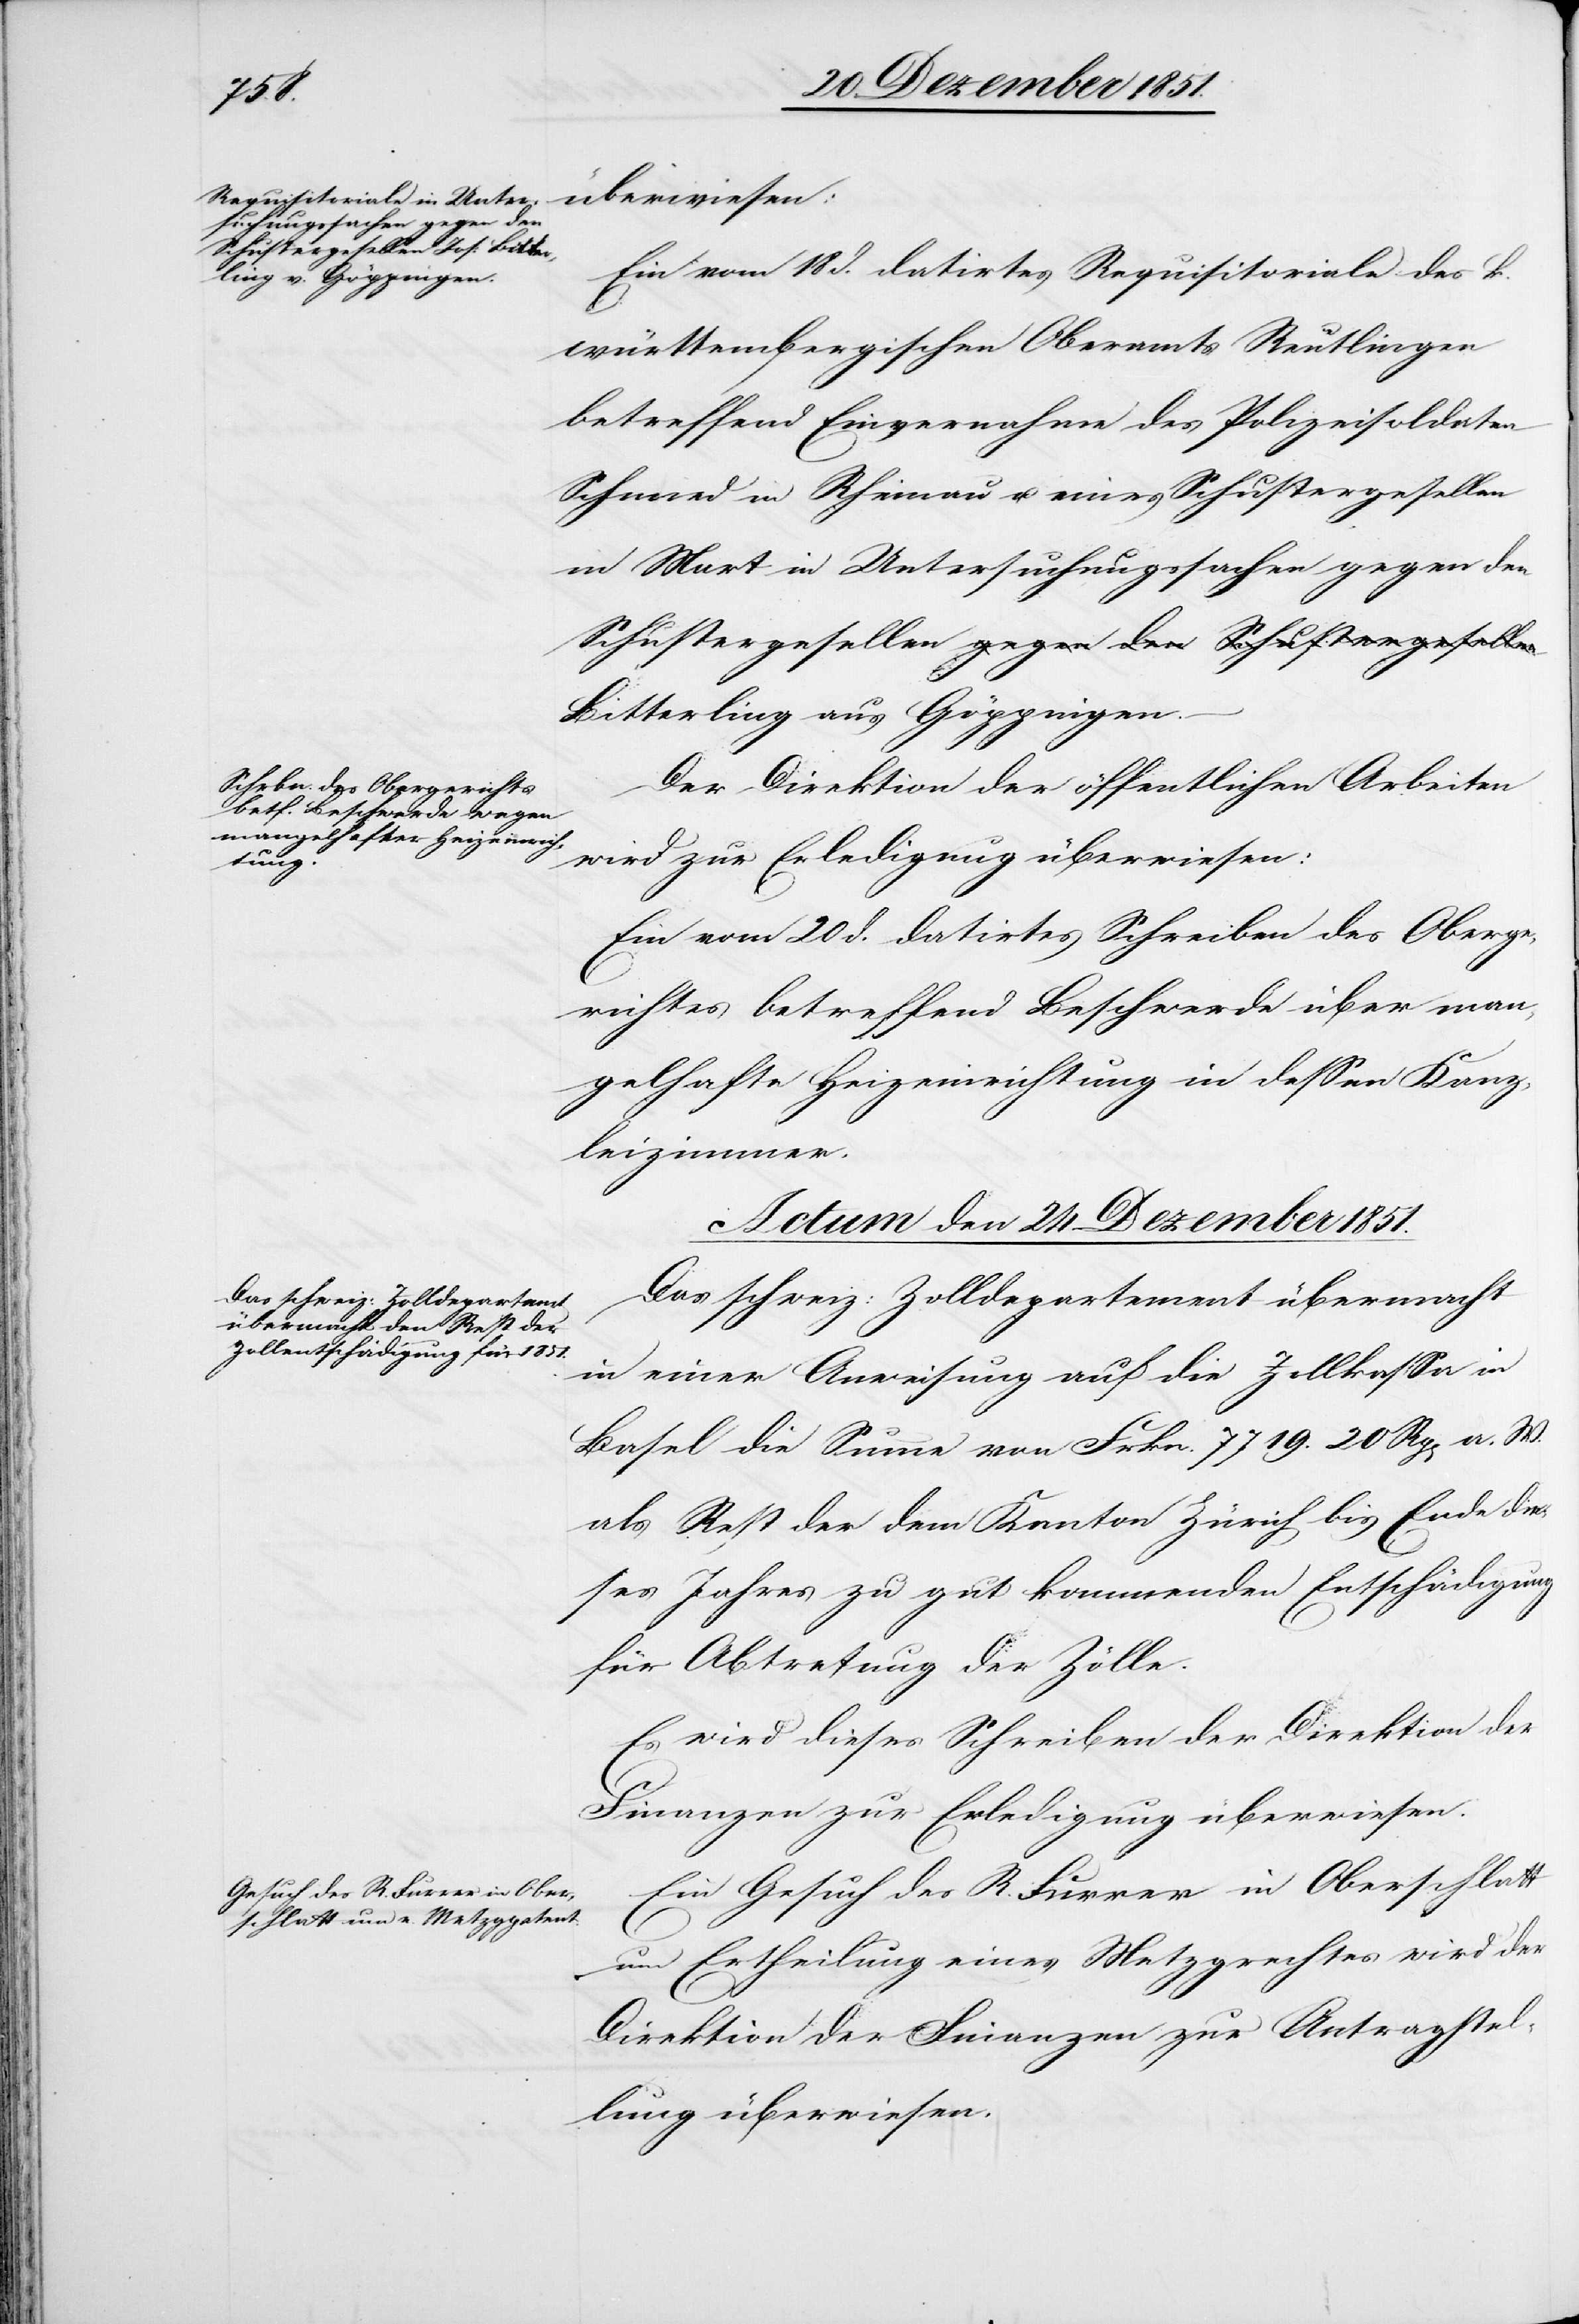
überwiesen:
Ein vom 18 d. datirtes Requisitoriale des k.
württembergischen Oberamts Reutlingen
betreffend Einvernahme des Polizeisoldaten
Schmied in Rheinau u. eines Schustergesellen
in Mart in Untersuchungssachen gegen den
Bitterling aus Göppingen.
Der Direktion der öffentlichen Arbeiten
wird zur Erledigung überwiesen:
Ein vom 20 d. datirtes Schreiben des Oberge¬
richtes betreffend Beschwerde über man¬
gelhafte Heizeinrichtung in dessen Kanz¬
leizimmer.
Actum den 24 Dezember 1851.]
Das schweiz: Zolldepartement übermacht
in einer Anweisung auf die Zollkassa in
Basel die Summe von Frkn. 7719. 20 Rp[en] a. W.
als Rest der dem Kanton Zürich bis Ende die¬
ses Jahres zu gut kommenden Entschädigung
für Abtretung der Zölle.
Es wird dieses Schreiben der Direktion der
Finanzen zur Erledigung überwiesen.
Ein Gesuch des R. Furrer in Oberschlatt
um Ertheilung eines Metzgrechtes wird der
Direktion der Finanzen zur Antragstel¬
lung überwiesen.